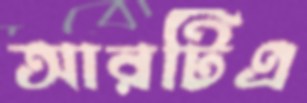
আরটিএ